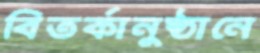
বিতর্কানুষ্ঠানে